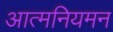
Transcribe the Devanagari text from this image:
आत्मनियमन